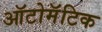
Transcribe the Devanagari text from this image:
ऑटोमॅटिक